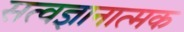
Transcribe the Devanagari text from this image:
सत्वज्ञानात्मक